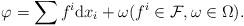
LaTeX: \begin{align*}\varphi=\sum f^i\mbox{d}x_i+\omega(f^i\in\mathcal F, \omega\in\Omega).\end{align*}